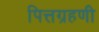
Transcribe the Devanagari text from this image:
पित्तग्रहणी